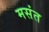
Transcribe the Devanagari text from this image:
मसंत